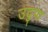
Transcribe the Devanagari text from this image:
उदुपा